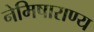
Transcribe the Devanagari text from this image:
नेमिषाराण्य